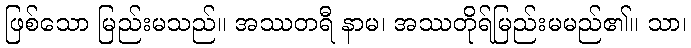
ဖြစ်သော မြည်းမသည်။ အဿတရီ နာမ၊ အဿတိုရ်မြည်းမမည်၏။ သာ၊